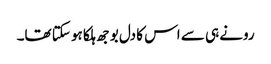
رونے ہی سے اس کا دل بوجھ ہلکا ہو سکتا تھا۔